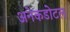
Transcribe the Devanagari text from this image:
अनेकडोटल